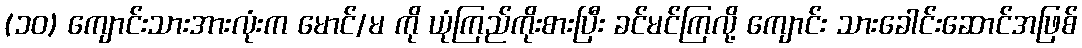
(၁၀) ကျောင်းသားအားလုံးက မောင်/မ ကို ယုံကြည်ကိုးစားပြီး ခင်မင်ကြလို့ ကျောင်း သားခေါင်းဆောင်အဖြစ်